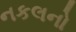
નકલનો